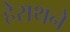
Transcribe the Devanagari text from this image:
हेराथने